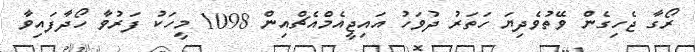
ރޯގާ ޖެހިގެން ވޭތުވެދިޔަ ހަތަރު ދުވަހު އައިޖީއެމްއެޗްއިން 1098 މީހަކު ފަރުވާ ހޯދާފައިވާ